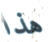
هذا